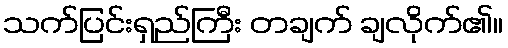
သက်ပြင်းရှည်ကြီး တချက် ချလိုက်၏။